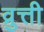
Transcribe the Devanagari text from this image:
व्रुत्ती